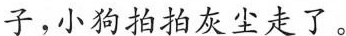
子，小狗拍拍灰尘走了。